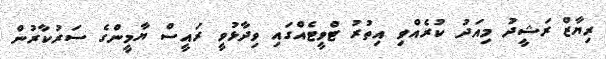
ރިޔާޒް ރަޝީދު މިއަދު ކުރެއްވި އިތުރު ޓްވީޓެއްގައި ވިދާޅުވީ ރައީސް ޔާމީންގެ ސަރުކާރުން